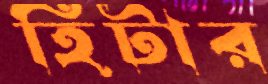
হিটার